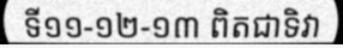
ទី១១-១២-១៣ ពិតជាទិវា